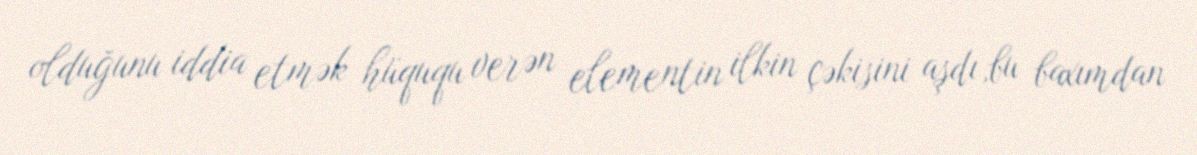
olduğunu iddia etmək hüququ verən elementin ilkin çəkisini aşdı,bu baxımdan